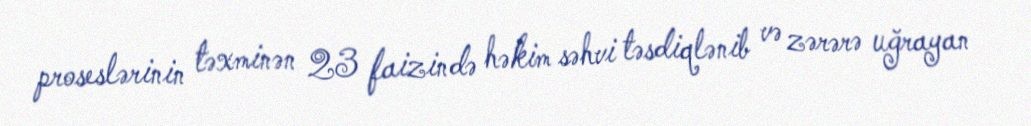
proseslərinin təxminən 23 faizində həkim səhvi təsdiqlənib və zərərə uğrayan